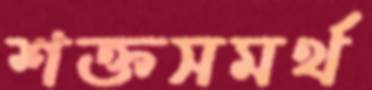
শক্তসমর্থ